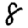
Digit: 8